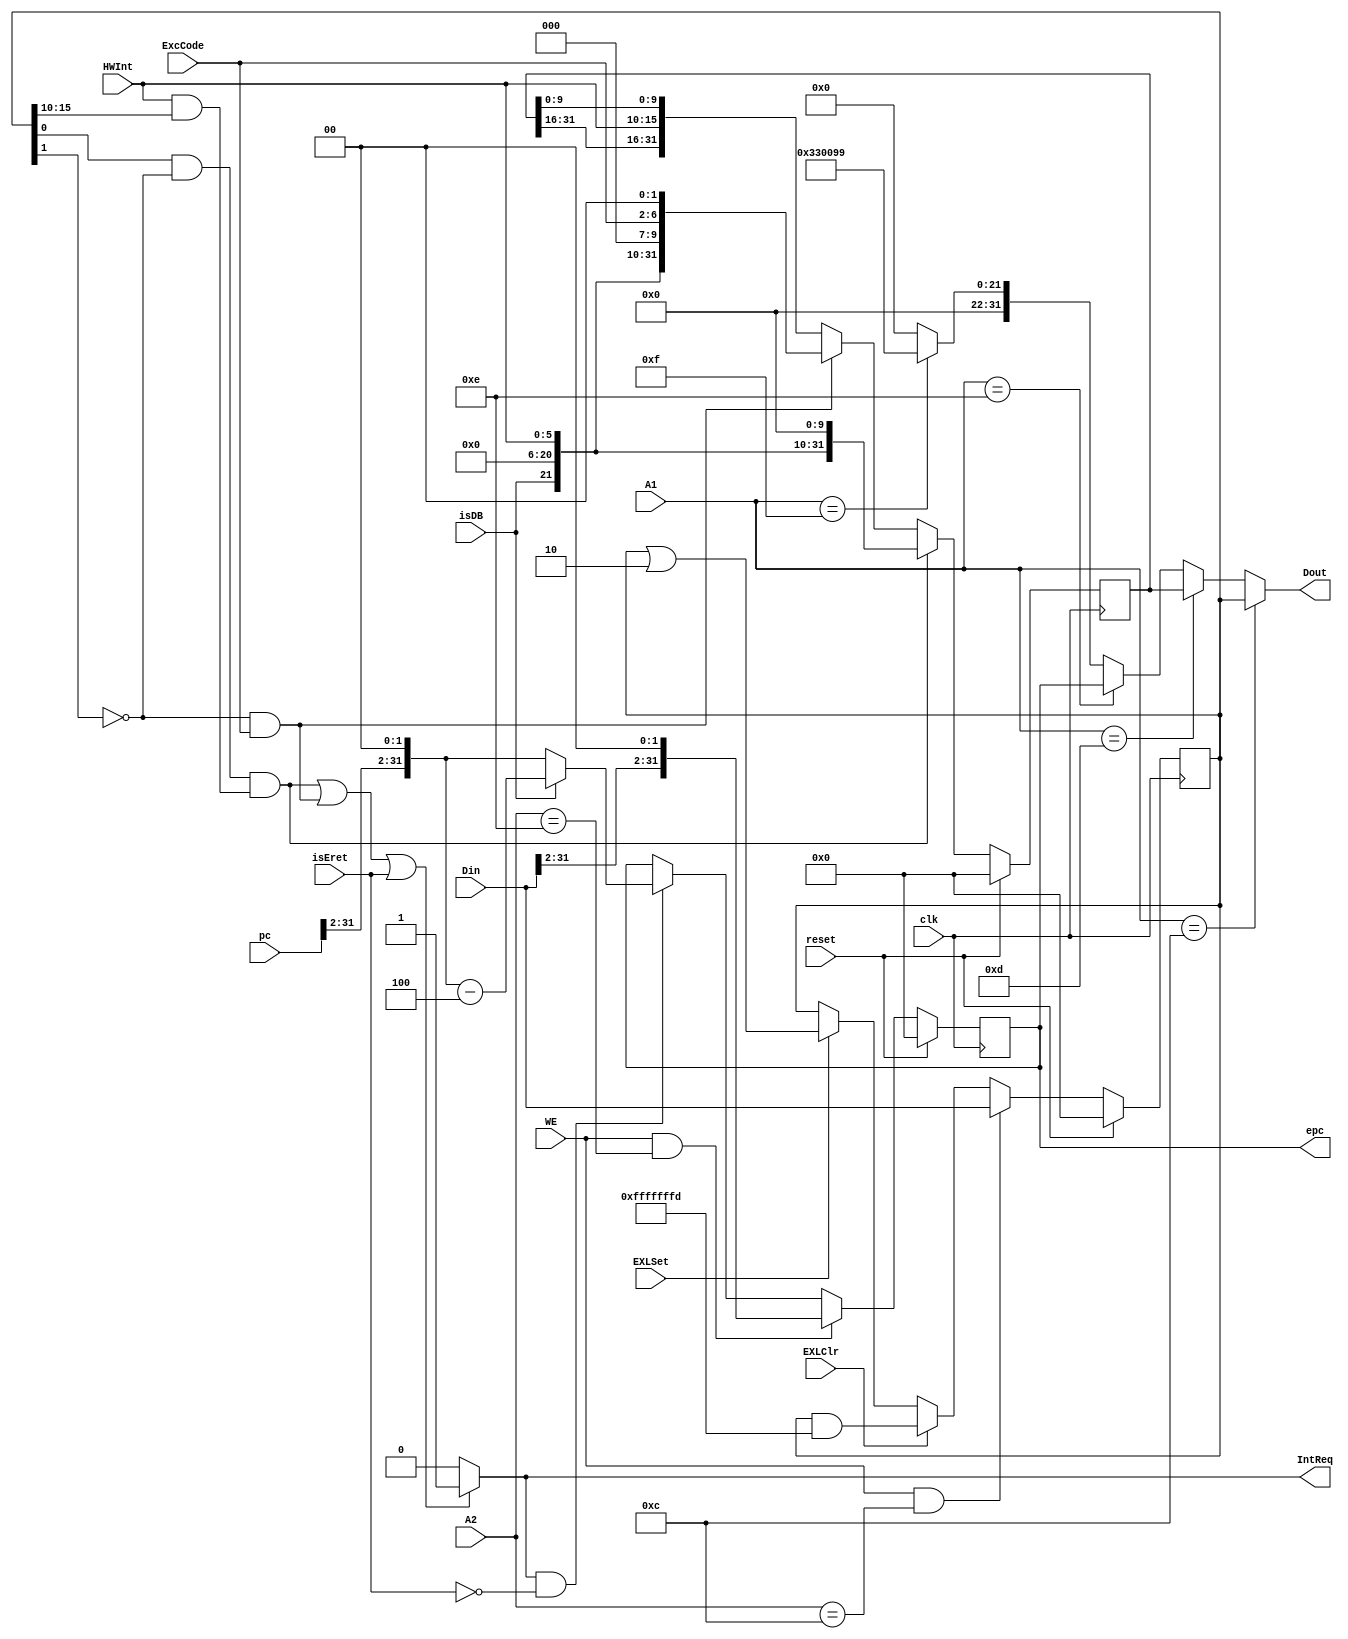
// This program was cloned from: https://github.com/SilenceX12138/MIPS-Microsystems
// License: MIT License

`define IE SR[0]
`define EXL SR[1]
`define IM SR[15:10]
`define EXCCODE Cause[6:2]
`define IP Cause[15:10]

module cp0(
    input clk,
    input reset,
    input WE,
    input EXLSet,
    input EXLClr,
    input isDB,
    input isEret,
    input [4:0] A1,
    input [4:0] A2,
    input [31:0] Din,
    input [31:0] pc,
    input [6:2] ExcCode,
    input [7:2] HWInt,
    output IntReq,
    output [31:0] epc,
    output [31:0] Dout
);

    reg [31:0] SR = 0, Cause = 0, EPC = 0, PRId = 32'h00330099;

    assign IntReq = ( (`IE && !`EXL && HWInt&`IM) || (!`EXL && ExcCode) || isEret ) ? 1'b1 : 1'b0;
    assign epc = EPC;
    assign Dout =   (A1 == 5'd12)   ?   SR      :
                    (A1 == 5'd13)   ?   Cause   :
                    (A1 == 5'd14)   ?   EPC     :
                    (A1 == 5'd15)   ?   PRId    :
                                        32'd0;
    
    always @(posedge clk) begin
        if(reset)
            SR <= 32'd0;
        else if(WE == 1'b1 && A2 == 5'd12)
            SR <= Din;
        else if(EXLClr)
            SR <= SR & 32'hffff_fffd;
        else if(EXLSet)
            SR <= SR | 32'h0000_0002;
        else
            ;
    end

    always @(posedge clk) begin
        if (reset)
            Cause <= 32'd0;
        else if(`IE && !`EXL &&  HWInt&`IM)
            Cause <= {isDB, 15'd0, HWInt, 3'd0, 5'd0, 2'd0};
        else if(!`EXL && ExcCode)
            Cause <= {isDB, 15'd0, HWInt, 3'd0, ExcCode, 2'd0};
        else
            Cause <= {Cause[31:16], HWInt, Cause[9:0]};
    end

    always @(posedge clk) begin
        if(reset)
            EPC <= 32'd0;
        else if(WE == 1'b1 && A2 == 5'd14)
            EPC <= {Din[31:2], 2'b00};
        else if(IntReq == 1'b1 && !isEret)
            if(isDB)
                EPC <= {pc[31:2], 2'b00} - 32'd4;
            else
                EPC <= {pc[31:2], 2'b00};
        else
            ;
    end


endmodule // cp0